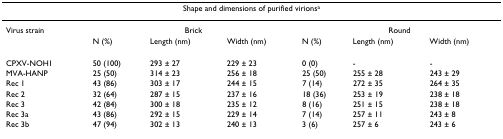
| <COLSPAN=7> Shape and dimensions of purified virionsa |
 | --- | --- | --- | --- | --- | --- | --- |
 | Virus strain | <COLSPAN=3> Brick | <COLSPAN=3> Round |
 |  | N (%) | Length (nm) | Width (nm) | N (%) | Length (nm) | Width (nm) |
 | CPXV-NOH1 | 50 (100) | 293 ± 27 | 229 ± 23 | 0 (0) | - | - |
 | MVA-HANP | 25 (50) | 314 ± 23 | 256 ± 18 | 25 (50) | 255 ± 28 | 243 ± 29 |
 | Rec 1 | 43 (86) | 303 ± 17 | 244 ± 15 | 7 (14) | 272 ± 35 | 264 ± 35 |
 | Rec 2 | 32 (64) | 287 ± 15 | 237 ± 16 | 18 (36) | 253 ± 19 | 238 ± 18 |
 | Rec 3 | 42 (84) | 300 ± 18 | 235 ± 12 | 8 (16) | 251 ± 15 | 238 ± 18 |
 | Rec 3a | 43 (86) | 292 ± 15 | 229 ± 14 | 7 (14) | 257 ± 11 | 243 ± 8 |
 | Rec 3b | 47 (94) | 302 ± 13 | 240 ± 13 | 3 (6) | 257 ± 6 | 243 ± 6 |